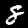
Label: 8